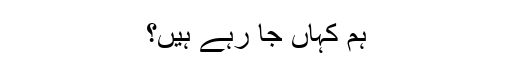
ہم کہاں جا رہے ہیں؟